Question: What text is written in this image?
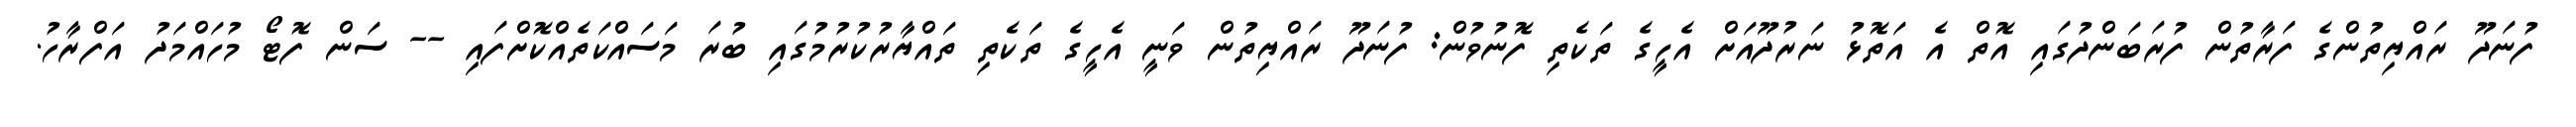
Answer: ފުނަދޫ ރައްޔިތުންގެ ފަރާތުން ފުރަބަންދުގައި އޮތް އެ އަތޮޅު ނަރުދޫއަށް އެހީގެ ތަކެތި ފޮނުވުން: ފުނަދޫ ރައްޔިތުން ވަނީ އެހީގެ ތަކެތި ތައްޔާރުކުރުމުގައި ބުރަ މަސައްކަތެއްކޮށްފައި -- ސަން ފޮޓޯ މުހައްމަދު އަފްރާހު.